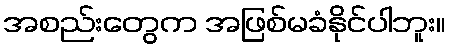
အစည်းတွေက အဖြစ်မခံနိုင်ပါဘူး။